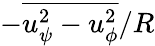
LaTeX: -\overline{{u_{\psi}^{2}-u_{\phi}^{2}}}/R